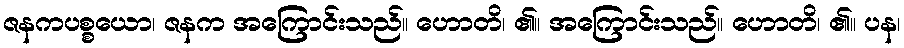
ဇနကပစ္စယော၊ ဇနက အကြောင်းသည်။ ဟောတိ၊ ၏။ အကြောင်းသည်။ ဟောတိ၊ ၏။ ပန၊